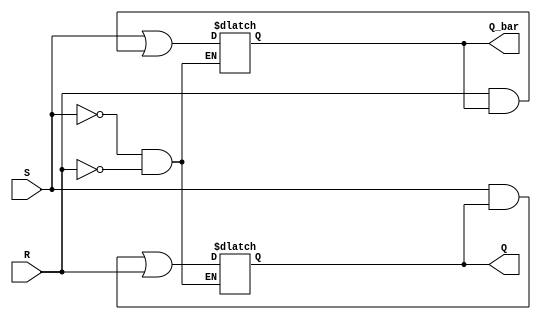
module sr_latch(
    input S,
    input R,
    output Q,
    output Q_bar
);

wire nS, nR, Q_new, Q_bar_new;

// Implementing the SR latch using two cross-coupled NOR gates
// Q = (!S & Q) | R
// Q_bar = S | (!R & Q_bar)

assign nS = ~S;
assign nR = ~R;

assign Q_new = (~nS & Q) | R;
assign Q_bar_new = S | (~nR & Q_bar);

// Retaining the state of the latch until a new input signal changes it
always @ (S, R)
begin
    if (S == 0 && R == 0) begin
        Q <= Q;
        Q_bar <= Q_bar;
    end else begin
        Q <= Q_new;
        Q_bar <= Q_bar_new;
    end
end

endmodule